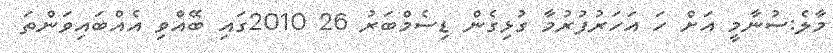
މާލެ:ސުނާމީ އަށް ހަ އަހަރުފުރުމާ ގުޅިގެން ޑިސެމްބަރު 26 2010ގައި ބޭއްވި އެއްބައިވަންތަ